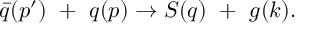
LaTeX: \bar { q } ( p ^ { \prime } ) ~ + ~ q ( p ) \rightarrow S ( q ) ~ + ~ g ( k ) .